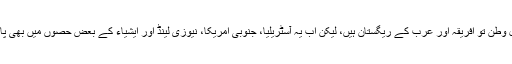
اس کا اصل وطن تو افریقہ اور عرب کے ریگستان ہیں، لیکن اب یہ آسٹریلیا، جنوبی امریکا، نیوزی لینڈ اور ایشیاء کے بعض حصوں میں بھی پایا جاتا ہے۔